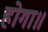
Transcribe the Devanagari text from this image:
होगा॥